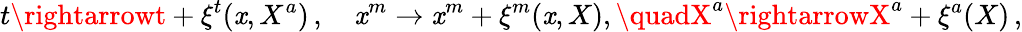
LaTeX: t\rightarrowt+\xi^{t}(\mathit{x},X^{a})\, ,\quad\mathit{x}^{m}\rightarrow\mathit{x}^{m}+\xi^{m}(\mathit{x},X),\quadX^{a}\rightarrowX^{a}+\xi^{a}(X)\, ,